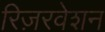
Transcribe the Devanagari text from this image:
रिज़रवेशन